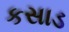
કસાડ